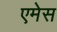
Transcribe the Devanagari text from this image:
एमेस